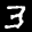
Label: 3